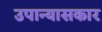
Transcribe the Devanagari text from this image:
उपान्यासकार